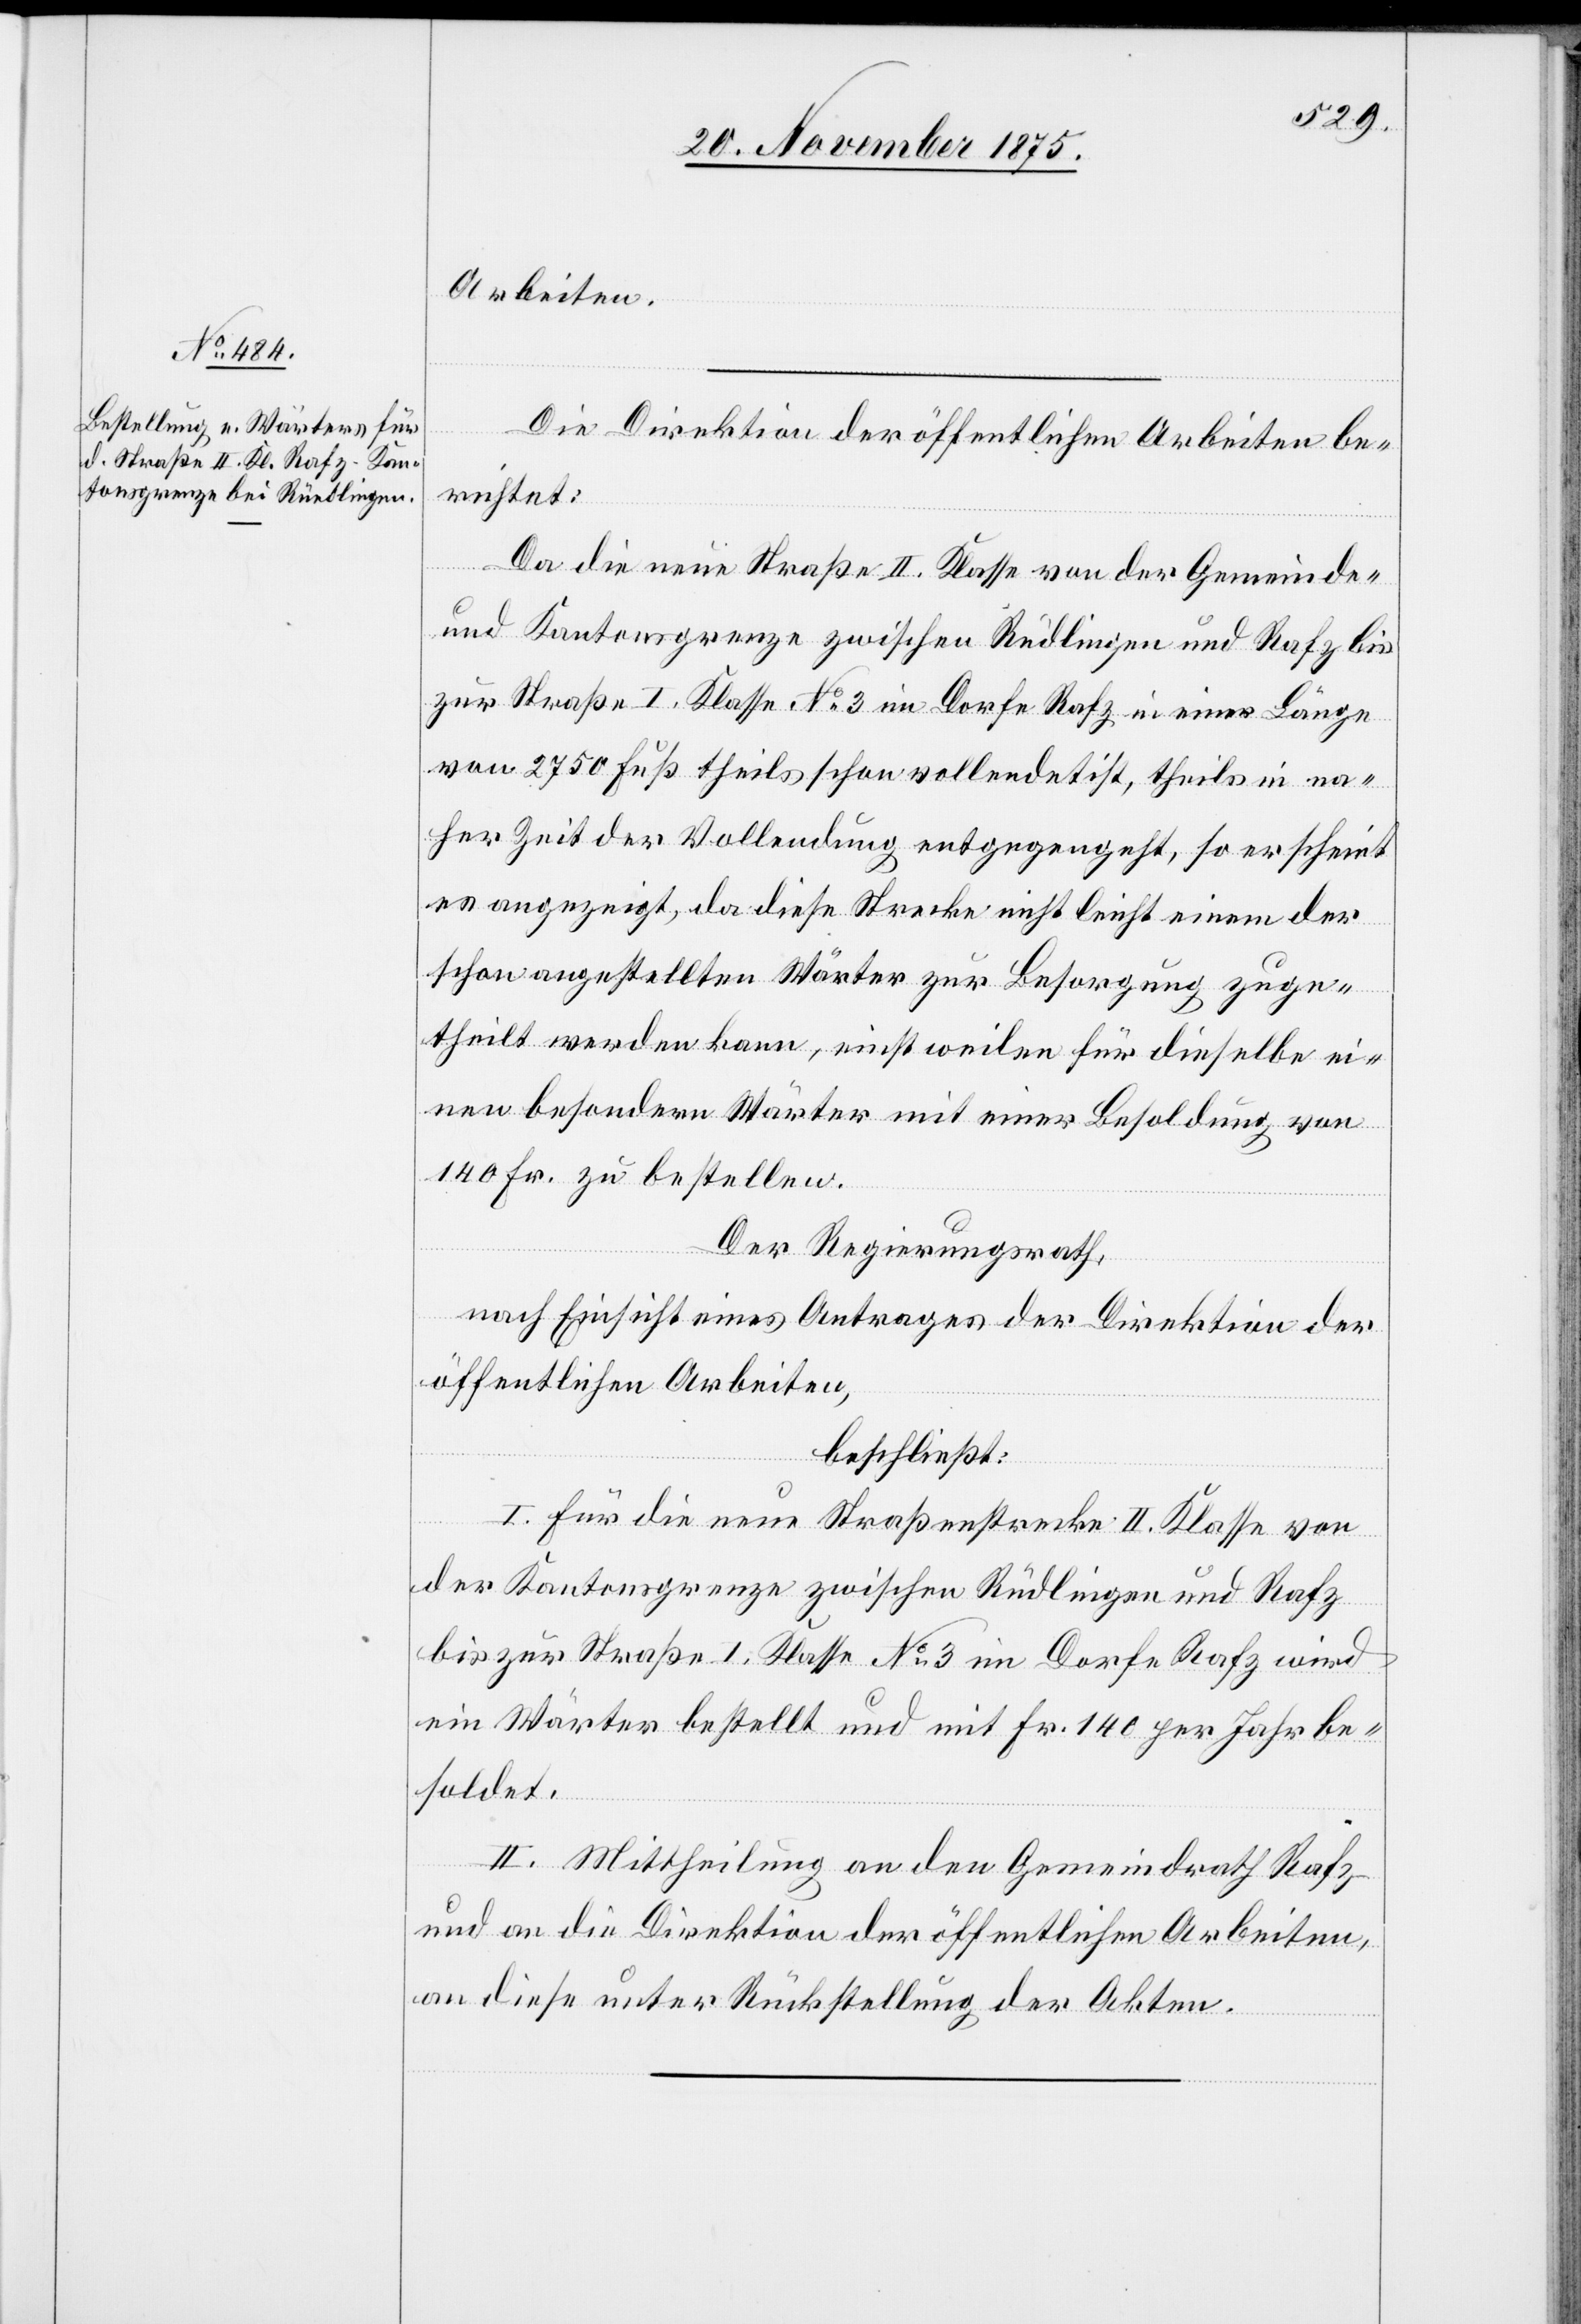
Arbeiten.
Die Direktion der öffentlichen Arbeiten be¬
richtet:
Da die neue Straße II. Klasse von der Gemeinde-
und Kantonsgrenze zwischen Rüdlingen [sic!] und Rafz bis
zur Straße I. Klasse No 3 im Dorfe Rafz in einer Länge
von 2750 Fuß theils schon vollendet ist, theils in na¬
her Zeit der Vollendung entgegengeht, so erscheint
es angezeigt, da diese Strecke nicht leicht einem der
schon angestellten Wärter zur Besorgung zuge¬
theilt werden kann, einstweilen für dieselbe ei¬
nen besondern Wärter mit einer Besoldung von
140 Fr. zu bestellen.
Der Regierungsrath,
nach Einsicht eines Antrages der Direktion der
öffentlichen Arbeiten,
beschließt:
I. Für die neue Straßenstrecke II. Klasse von
der Kantonsgrenze zwischen Rüdlingen und Rafz
bis zur Straße I. Klasse No 3 im Dorfe Rafz wird
ein Wärter bestellt und mit Fr. 140 per Jahr be¬
soldet.
II. Mittheilung an den Gemeindrath Rafz
und an die Direktion der öffentlichen Arbeiten,
an diese unter Rückstellung der Akten.